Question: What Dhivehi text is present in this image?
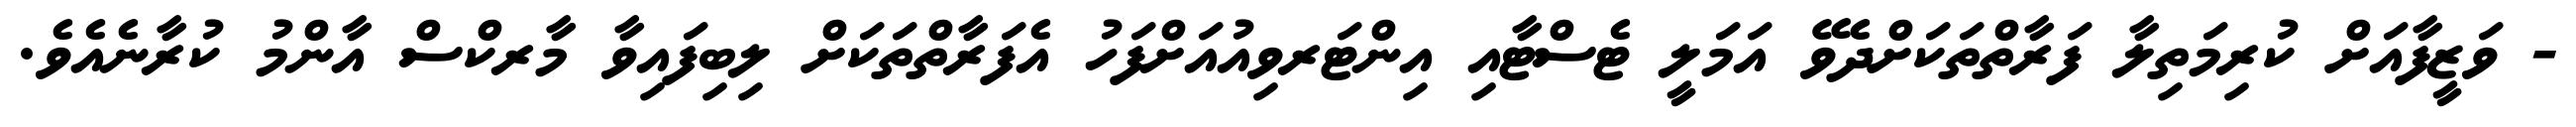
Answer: - ވަޒީފާއަށް ކުރިމަތިލާ ފަރާތްތަކަށްދެވޭ އަމަލީ ޓެސްޓާއި އިންޓަރވިއުއަށްފަހު އެފަރާތްތަކަށް ލިބިފައިވާ މާރކްސް އާންމު ކުރާނެއެވެ.